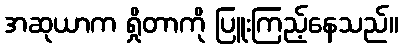
အဆုယာက ရှိုတာကို ပြူးကြည့်နေသည်။